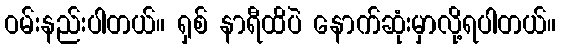
ဝမ်းနည်းပါတယ်။ ရှစ် နာရီထိပဲ နောက်ဆုံးမှာလို့ရပါတယ်။